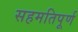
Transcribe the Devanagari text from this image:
सहमतिपूर्ण